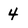
Character: 4